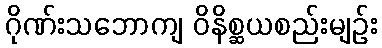
ဂိုဏ်းသဘောကျ ဝိနိစ္ဆယစည်းမျဉ်း